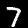
Digit: 7